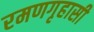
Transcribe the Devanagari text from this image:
रमणगृहासी